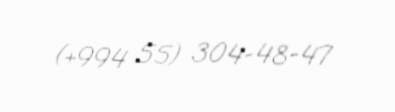
(+994 55) 304-48-47